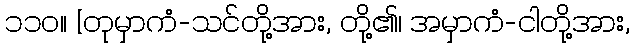
၁၁၀။ [တုမှာကံ-သင်တို့အား, တို့၏၊ အမှာကံ-ငါတို့အား,